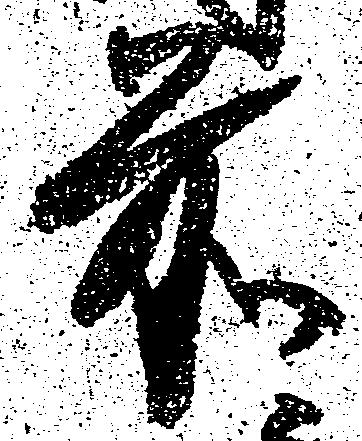
前